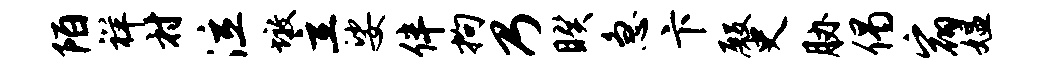
陌祥村泣墩立娑伴拘乃睽急卞殿史胁偈宿媪